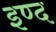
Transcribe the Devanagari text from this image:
इण्द